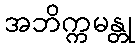
အဘိက္ကမန္တု